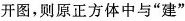
开图，则原正方体中与”建”